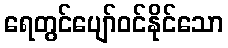
ရေတွင်ပျော်ဝင်နိုင်သော